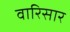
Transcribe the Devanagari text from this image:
वारिसार